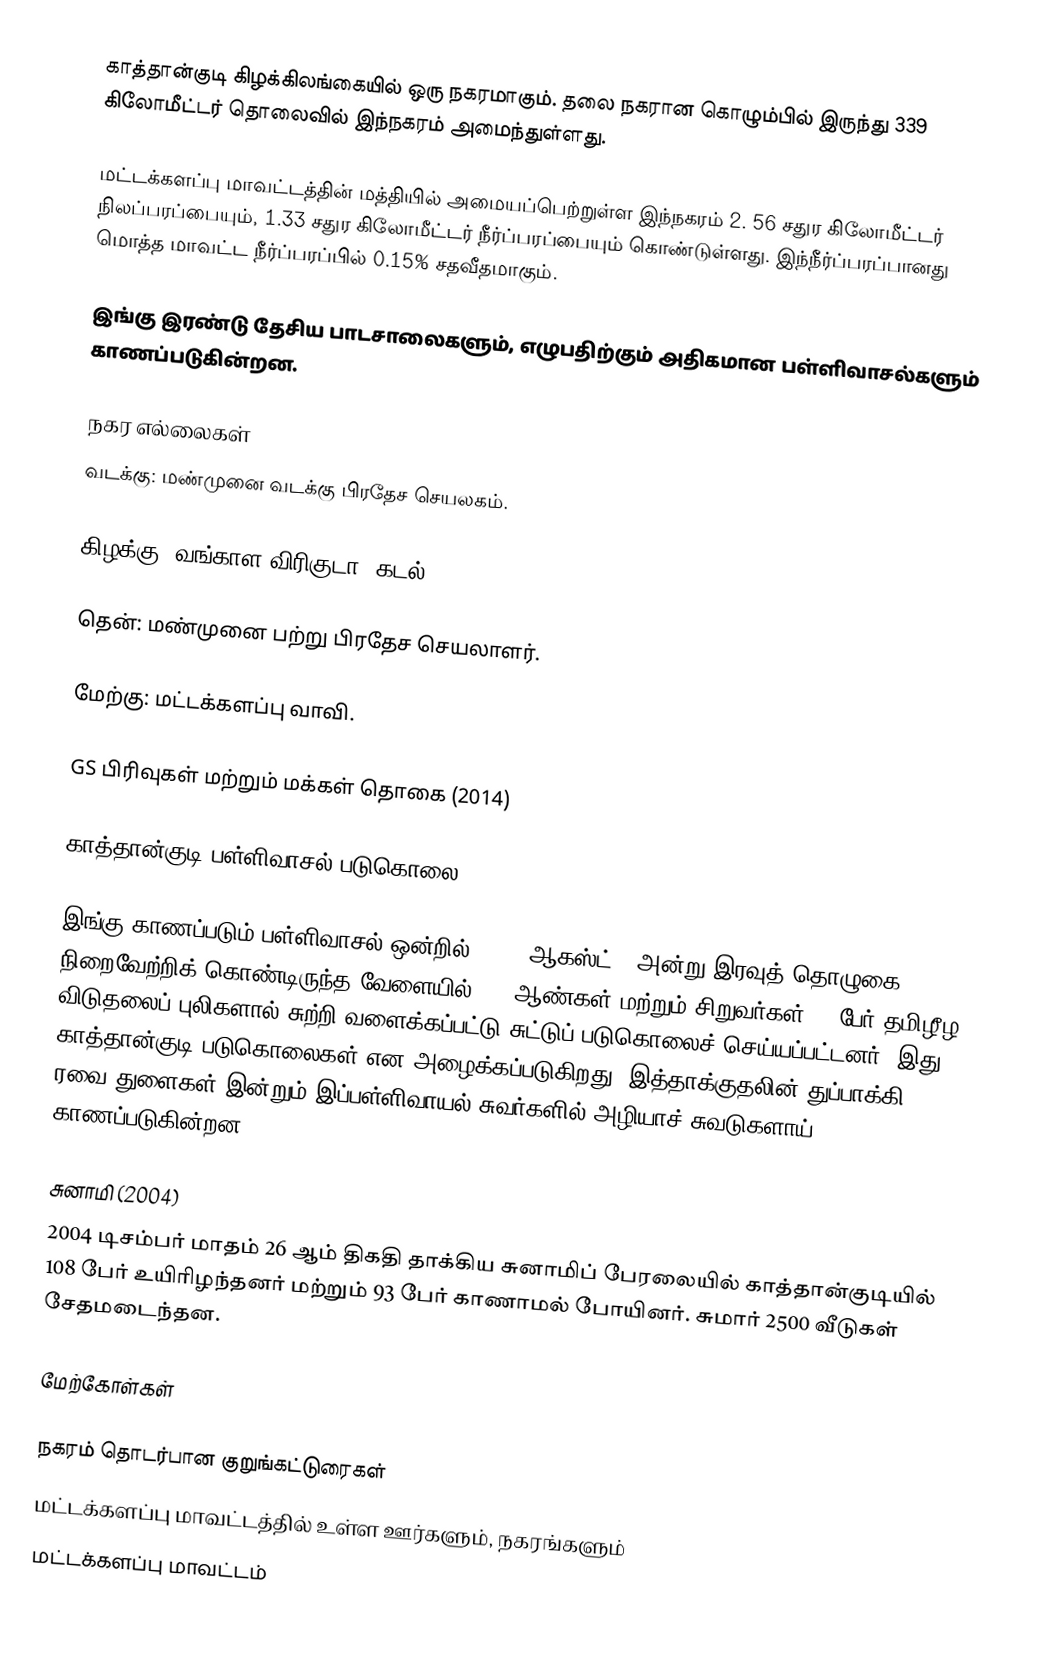
காத்தான்குடி கிழக்கிலங்கையில் ஒரு நகரமாகும். தலை நகரான கொழும்பில் இருந்து 339 கிலோமீட்டர் தொலைவில் இந்நகரம் அமைந்துள்ளது.

மட்டக்களப்பு மாவட்டத்தின் மத்தியில் அமையப்பெற்றுள்ள இந்நகரம் 2. 56 சதுர கிலோமீட்டர் நிலப்பரப்பையும், 1.33 சதுர கிலோமீட்டர் நீர்ப்பரப்பையும் கொண்டுள்ளது. இந்நீர்ப்பரப்பானது மொத்த மாவட்ட நீர்ப்பரப்பில் 0.15% சதவீதமாகும்.

இங்கு இரண்டு தேசிய பாடசாலைகளும், எழுபதிற்கும் அதிகமான பள்ளிவாசல்களும் காணப்படுகின்றன.

நகர எல்லைகள்
வடக்கு: மண்முனை வடக்கு பிரதேச செயலகம்.

கிழக்கு: வங்காள விரிகுடா (கடல்).

தென்: மண்முனை பற்று பிரதேச செயலாளர்.

மேற்கு: மட்டக்களப்பு வாவி.

GS பிரிவுகள் மற்றும் மக்கள் தொகை (2014)

காத்தான்குடி பள்ளிவாசல் படுகொலை

இங்கு காணப்படும் பள்ளிவாசல் ஒன்றில்  1990, ஆகஸ்ட் 3 அன்று இரவுத் தொழுகை நிறைவேற்றிக் கொண்டிருந்த வேளையில் 147 ஆண்கள் மற்றும் சிறுவர்கள் 30 பேர்  தமிழீழ விடுதலைப் புலிகளால் சுற்றி வளைக்கப்பட்டு சுட்டுப் படுகொலைச் செய்யப்பட்டனர். இது காத்தான்குடி படுகொலைகள் என அழைக்கப்படுகிறது. இத்தாக்குதலின் துப்பாக்கி ரவை துளைகள் இன்றும் இப்பள்ளிவாயல் சுவர்களில் அழியாச் சுவடுகளாய் காணப்படுகின்றன.

சுனாமி (2004)
2004 டிசம்பர் மாதம் 26 ஆம் திகதி தாக்கிய சுனாமிப் பேரலையில் காத்தான்குடியில் 108 பேர் உயிரிழந்தனர் மற்றும் 93 பேர் காணாமல் போயினர். சுமார் 2500 வீடுகள் சேதமடைந்தன.

மேற்கோள்கள்

நகரம் தொடர்பான குறுங்கட்டுரைகள்
மட்டக்களப்பு மாவட்டத்தில் உள்ள ஊர்களும், நகரங்களும்
மட்டக்களப்பு மாவட்டம்